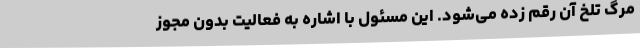
مرگ تلخ آن رقم زده می‌شود. این مسئول با اشاره به فعالیت بدون مجوز